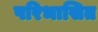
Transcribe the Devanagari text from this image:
परिभासित